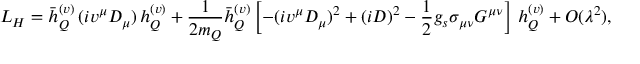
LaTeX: { \cal L } _ { H } = \bar { h } _ { Q } ^ { ( v ) } \, ( i v ^ { \mu } D _ { \mu } ) \, h _ { Q } ^ { ( v ) } + { \frac { 1 } { 2 m _ { Q } } } \bar { h } _ { Q } ^ { ( v ) } \left[ - ( i v ^ { \mu } D _ { \mu } ) ^ { 2 } + ( i D ) ^ { 2 } - { \frac { 1 } { 2 } } g _ { s } \sigma _ { \mu \nu } G ^ { \mu \nu } \right] \, h _ { Q } ^ { ( v ) } + { \cal O } ( \lambda ^ { 2 } ) ,